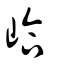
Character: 峆